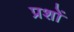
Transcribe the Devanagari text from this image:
प्रशों